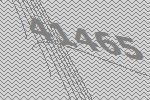
41465